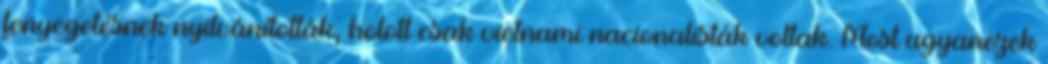
fenyegetésnek nyilvánították, holott csak vietnami nacionalisták voltak. Most ugyanezek